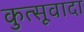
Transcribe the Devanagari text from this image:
कुत्सूवादा